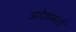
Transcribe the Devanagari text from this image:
आदेशकर्ता